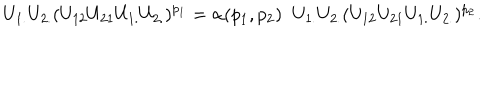
U _ { 1 . } U _ { 2 . } ( U _ { 1 2 } U _ { 2 1 } U _ { 1 . } U _ { 2 . } ) ^ { p _ { 1 } } = \alpha ( p _ { 1 } , p _ { 2 } ) \; \; U _ { 1 . } U _ { 2 . } ( U _ { 1 2 } U _ { 2 1 } U _ { 1 . } U _ { 2 . } ) ^ { p _ { 2 } } .